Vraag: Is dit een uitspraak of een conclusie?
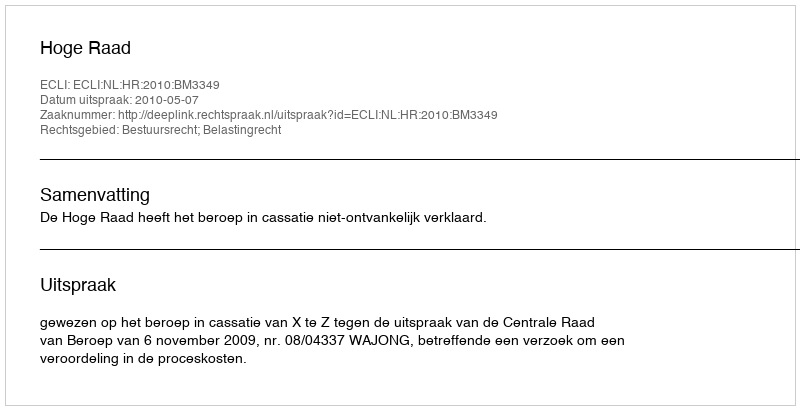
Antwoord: Uitspraak